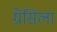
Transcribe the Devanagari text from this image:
ग्रेसिला